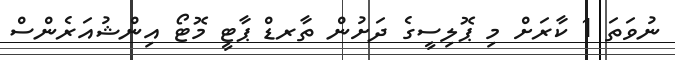
ނުވަތަ 1 ކާރަށް މި ޕޮލިސީގެ ދަށުން ތާރޑް ޕާޓީ މޮޓޯ އިންޝުއަރެންސް